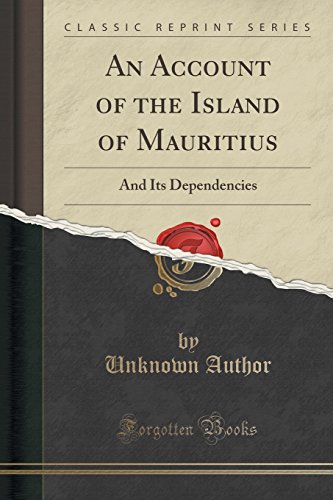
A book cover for An Account of the Island of Mauritius: And Its Dependencies (Classic Reprint); Unknown Author; Travel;